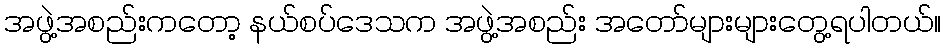
အဖွဲ့အစည်းကတော့ နယ်စပ်ဒေသက အဖွဲ့အစည်း အတော်များများတွေ့ရပါတယ်။